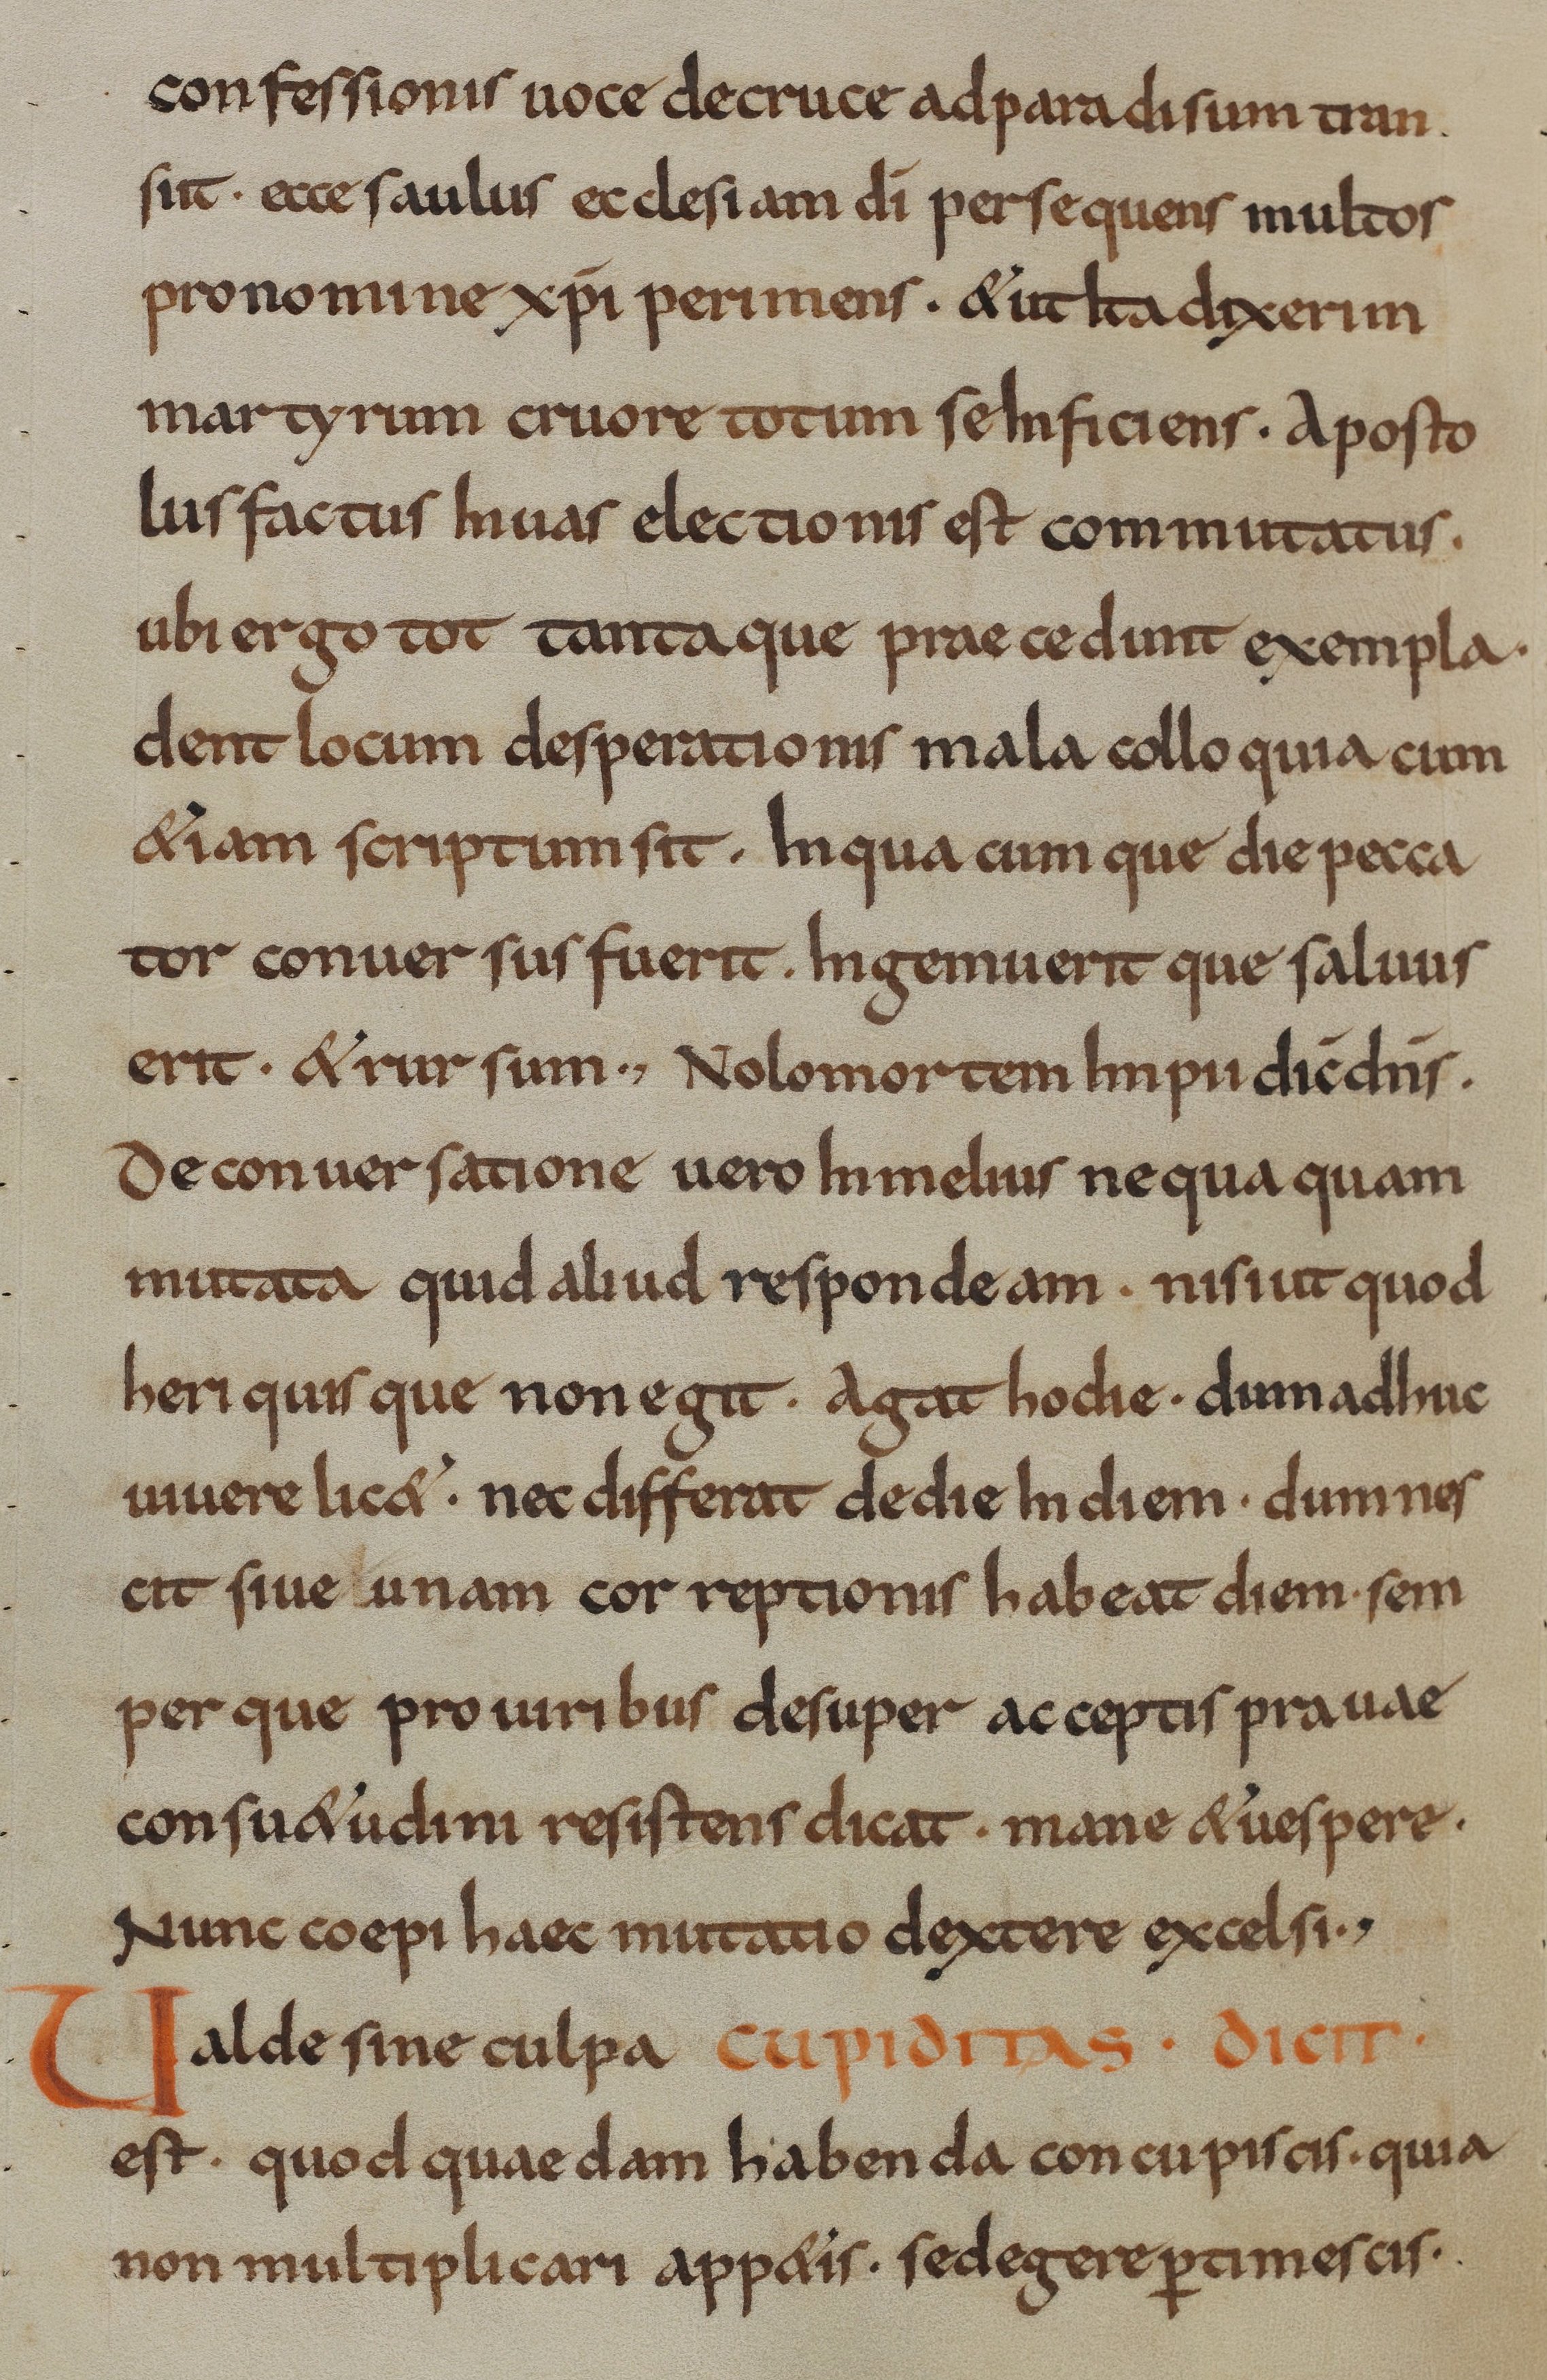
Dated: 800–824